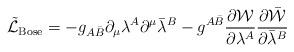
LaTeX: \begin{align*}\tilde{{\cal L}}_{\rm Bose}=-g_{A\bar{B}}\partial_{\mu}\lambda^{A}\partial^{\mu}\bar{\lambda}^{B}-g^{A\bar{B}}\frac{\partial{\cal W}}{\partial\lambda^{A}}\frac{\partial\bar{{\cal W}}}{\partial\bar{\lambda}^{B}} \end{align*}